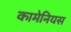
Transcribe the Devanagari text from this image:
कामेनियस